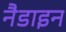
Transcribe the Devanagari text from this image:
नैडाइन